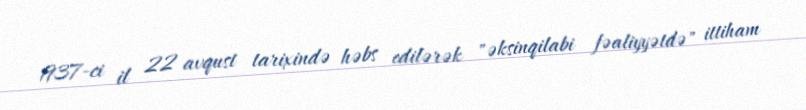
1937-ci il 22 avqust tarixində həbs edilərək "əksinqilabi fəaliyyətdə" ittiham